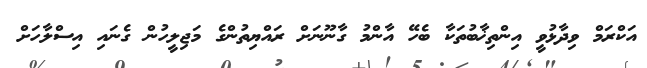
އަކްރަމް ވިދާޅުވީ އިންތިޚާބުތަކާ ބެހޭ އާންމު ގާނޫނަށް ރައްޔިތުންގެ މަޖިލީހުން ގެނައި އިސްލާހަށް